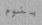
بنوم